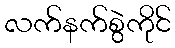
လက်နက်စွဲကိုင်